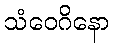
သံဝေဂိနော